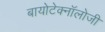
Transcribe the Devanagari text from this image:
बायोटेक्नॉलोजी